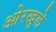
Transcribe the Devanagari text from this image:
ओरखुले